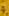
و